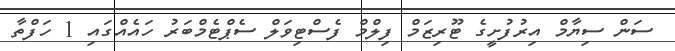
ސަން ސިޔާމް އިރުފުށީގެ ޓޫރިޒަމް ފިލްމް ފެސްޓިވަލް ސެޕްޓެމްބަރު ހައެއްގައި 1 ހަފްތާ